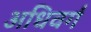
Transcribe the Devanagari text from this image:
अधिवर्ग